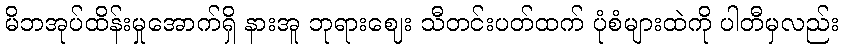
မိဘအုပ်ထိန်းမှုအောက်ရှိ နားအူ ဘုရားဈေး သီတင်းပတ်ထက် ပုံစံများထဲကို ပါတီမှလည်း